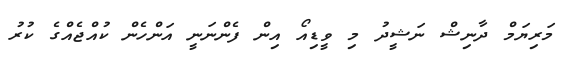
މަރިޔަމް ދާނިޝް ނަޝީދު މި ވީޑިއޯ އިން ފެންނަނީ އަންހެން ކުއްޖެއްގެ ކުރު